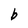
Character: b